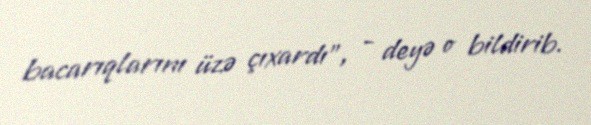
bacarıqlarını üzə çıxardı”, - deyə o bildirib.